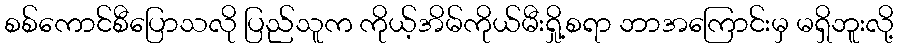
စစ်ကောင်စီပြောသလို ပြည်သူက ကိုယ့်အိမ်ကိုယ်မီးရှို့စရာ ဘာအကြောင်းမှ မရှိဘူးလို့